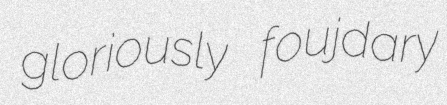
gloriously foujdary